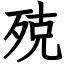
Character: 殑